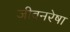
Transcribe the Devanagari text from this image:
जीवनरेषा